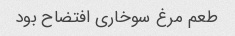
طعم مرغ سوخاری افتضاح بود